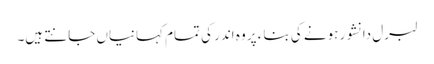
لبرل دانشور ہونے کی بناء پر وہ اندر کی تمام کہانیاں جانتے ہیں۔